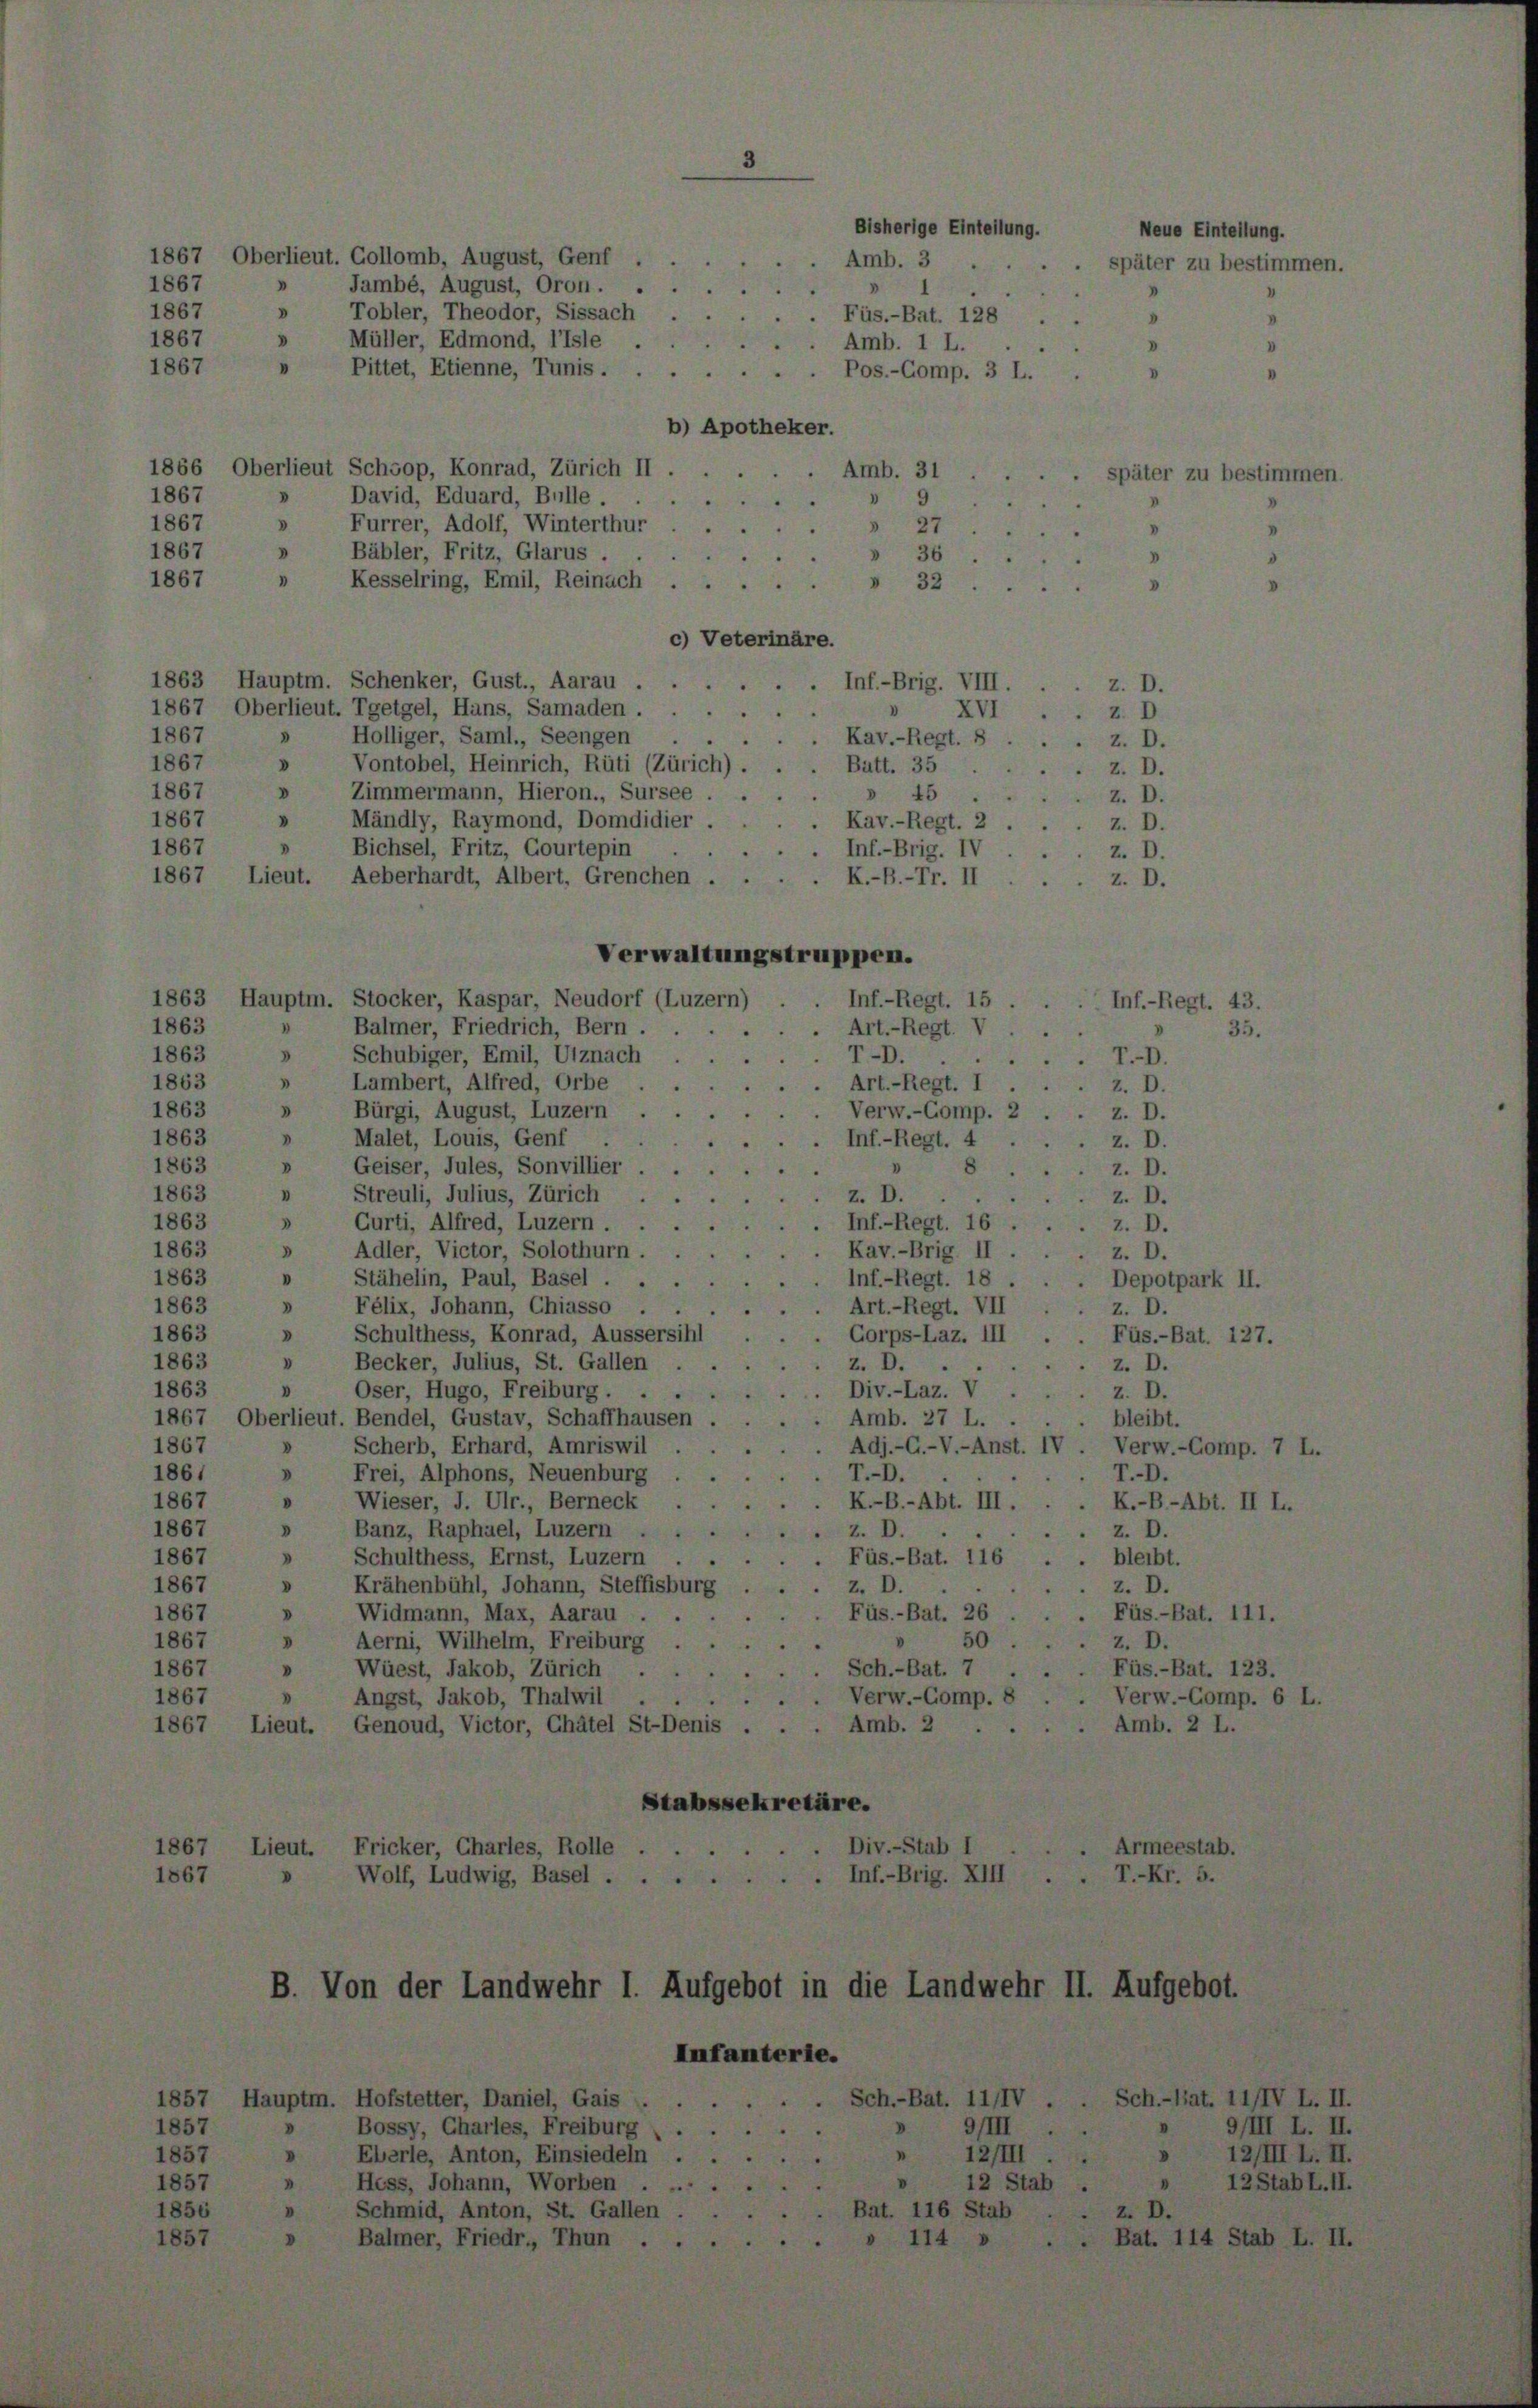
1867, Oberlieut. Gollomb, August, Genf
Jambé, August, Oron.
Tobler, Theodor, Sissach
Müller, Edmond, l’isle
Pittet, Etienne, Tunis . . .
b) Apotheker.
1866 Oberlieut Schoop, Konrad, Zürich II
David, Eduard, Bulle.
d
» Furrer, Adolf, Winterthur ...
Bäbler, Fritz, Glarus
1867
"
Kesselring, Emil, Reinach ... 32
c) Veterinäre.
1863 Hauptm. Schenker, Gust., Aarau
1867, Oberlieut. Tgetgel, Hans, Samaden.
XVI.
1867
» Hölliger, Saml., Seengen
Kav.-Regt. 8
1867
Vontobel, Heinrich, Rüti (Zürich) . .
Batt. 35
V
V
1867
Zimmermann, Hieron., Sursee  ...
» 45
1867
Mändly, Raymond, Domdidier.
d
 Kav.-Regt. 2
1867
Bichsel, Fritz, Gourtepin
. Inf.-Brig. IV
1867 Lieut. Aeberhardt, Albert, Grenchen
 K.-B.-Tr. II
Verwaltungstruppen.
1863 Hauptm. Stocker, Kaspar, Neudorf (Luzern)
Inf.-Regt. 15
Balmer, Friedrich, Bern.
Art.-Regt. V
1
D
Schubiger, Emil, Utznach
r.
 Lambert, Alfred, Orbe
. Art.-Regt. I
d
Bürgi, August, Luzern
. Verw.-Comp. 2.
Malet, Louis, Genf
1863
"
Inf.-Regt. 4
V
1863
Geiser, Jules, Sonvillier
1863
Streuli, Julius, Zürich
z. D.
1863
Gurti, Alfred, Luzern
Inf.-Regt. 16
1863
Adler, Victor, Solothurn.
Kav.-Brig II
1863
Stähelin, Paul, Basel.
1
Inf.-Regt. 18.
1863
Félix, Johann, Chiasso
Art. - Regt. VII
.
Schulthess, Konrad, Aussersihl
Corps-Laz. III
D
1863
Becker, Julius, St. Gallen
1863
V
z. D.
»
1863
Div.-Laz. V
Oser, Hugo, Freiburg . .
1867, Oberlieut. Bendel, Gustav, Schaffhausen
Amb. 27 L.
1867
Scherb, Erhard, Amriswil
Adj.-G.-V.-Anst. IV
d
Frei, Alphons, Neuenburg
T.-O.
1861
.
1867
K.-B.-Abt. III.
Wieser, J. Ulr., Berneck
D
Banz, Raphael, Luzern
1867
Z. D.
Schulthess, Ernst, Luzern
1867
3
Füs.-Bat. 116 .
D
1867
Krähenbühl, Johann, Steffisburg
Z. D.
Widmann, Max, Aarau
Füs.-Bat. 26
1867
D
1867
50
Aerni, Wilhelm, Freiburg
Sch.-Bat. 7
Wüest, Jakob, Zürich .
1867
0
Verw.-Comp. 8 .
Angst, Jakob, Thalwil
1867
Amb. 2
1867 Lieut. Genoud, Victor, Châtel St-Denis . .
Stabssekretäre.
Div.-Stab I
1867
Lieut. Fricker, Chartes, Rolle
1867
.Inf.-Brig. XIII
Wolf, Ludwig, Basel .

1867
1867
V
1867
"
1867

1867

1863

1867
1867

1863
1863
1863

II.

B. Von der Landwehr I. Aufgebot in

uptm. Hofstetter, Daniel, Gais . .
Bossy, Charles, Freiburg
» Eberle, Anton, Einsiedeln
Hess, Johann, Worben .
I
Schmid, Anton, St. Gallen
Balmer, Friedr., Thun

Infanterie.

Amb. 31
9
 27
» 36

Füs.-Bat. 128
Amb. 1 L.
. Pos.-Comp. 3 L.

Bisherige Einteilung.
Amb. 3.

.. Inf.-Brig. VIII.

E

IIIV
9/III

die Landwehr

D

D
I

nf.-Regt.

Neue Eintellung.
äter zu bestimm

z. D.
Depotpark II.
z. D.
Füs.-Bat. 127.
z. D.
Z. D.
bleibt.
Verw.-Comp. 7
T.D.
K.-B-Abt. II L.
z. D.
bleibt.
z. D.
Füs.-Bat. 111.
z. D.
Füs.-Bat. 123.
Verw.-Comp. 6
Amb. 2 L.

9/III L. II.
12/III L. II.
12Stab L.II.

IIIIV L. II.